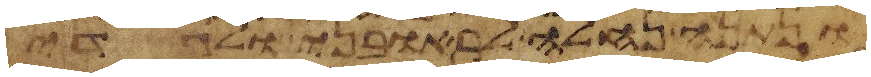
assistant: ונתנה נחלה לראובני ולגדי